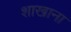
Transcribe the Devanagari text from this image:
शाखाना